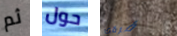
ثم حول فرقتك